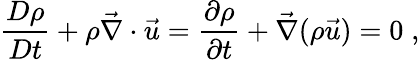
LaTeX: \frac{D\rho}{Dt}+\rho\vec{\nabla}\cdot\vec{u}=\frac{\partial\rho}{\partial t}+\vec{\nabla}(\rho\vec{u})=0\; ,